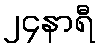
၂၄နာရီ